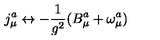
j _ { \mu } ^ { a } \leftrightarrow - \frac { 1 } { g ^ { 2 } } ( B _ { \mu } ^ { a } + \omega _ { \mu } ^ { a } )